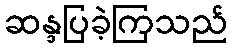
ဆန္ဒပြခဲ့ကြသည်